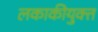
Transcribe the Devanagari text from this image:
लकाकीयुक्त